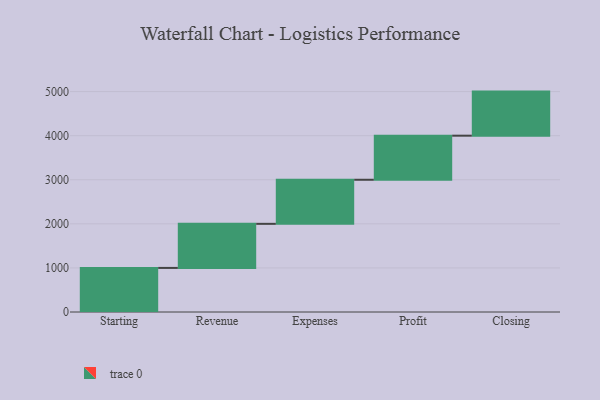
{"axis": {"x": "Step", "y": "Value"}, "legend": [""], "data": [{"x": "Starting", "y": 1000, "type": ""}, {"x": "Revenue", "y": 1000, "type": ""}, {"x": "Expenses", "y": 1000, "type": ""}, {"x": "Profit", "y": 1000, "type": ""}, {"x": "Closing", "y": 1000, "type": ""}]}